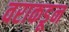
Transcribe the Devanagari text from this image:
वराकडून